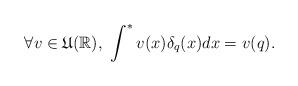
LaTeX: \begin{align*}\forall v\in \mathfrak{U}(\mathbb{R}),\ \int^{\ast }v(x)\delta_{q}(x)dx=v(q). \end{align*}